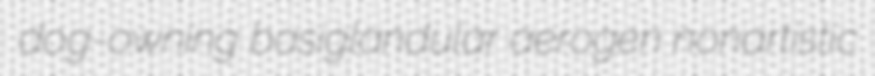
dog-owning basiglandular aerogen nonartistic